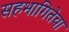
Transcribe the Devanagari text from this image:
सहभागितेचा